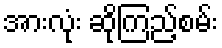
အားလုံး ဆိုကြည့်စမ်း